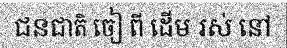
ជនជាតិ ចៀ ពី ដើម រស់ នៅ